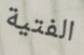
الفتية